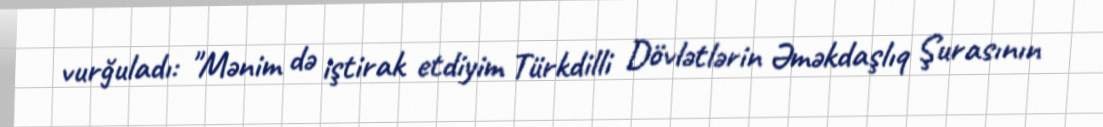
vurğuladı: "Mənim də iştirak etdiyim Türkdilli Dövlətlərin Əməkdaşlıq Şurasının